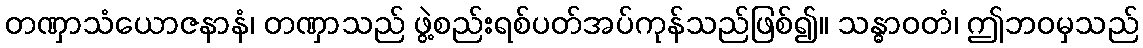
တဏှာသံယောဇနာနံ၊ တဏှာသည် ဖွဲ့စည်းရစ်ပတ်အပ်ကုန်သည်ဖြစ်၍။ သန္ဓာဝတံ၊ ဤဘဝမှသည်